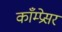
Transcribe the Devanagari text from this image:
काँम्प्रेसर